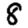
Digit: 8